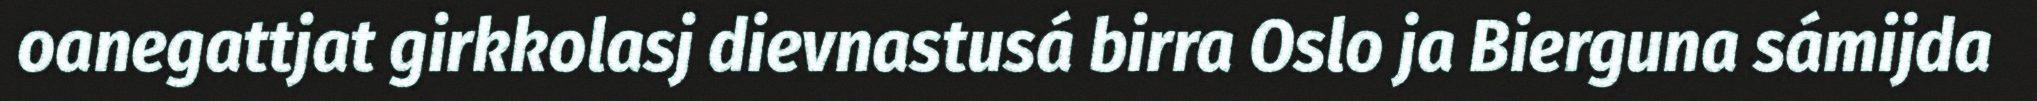
oanegattjat girkkolasj dievnastusá birra Oslo ja Bierguna sámijda